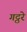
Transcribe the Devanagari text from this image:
गट्ठरे